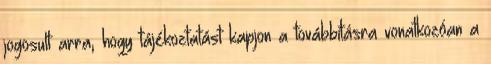
jogosult arra, hogy tájékoztatást kapjon a továbbításra vonatkozóan a